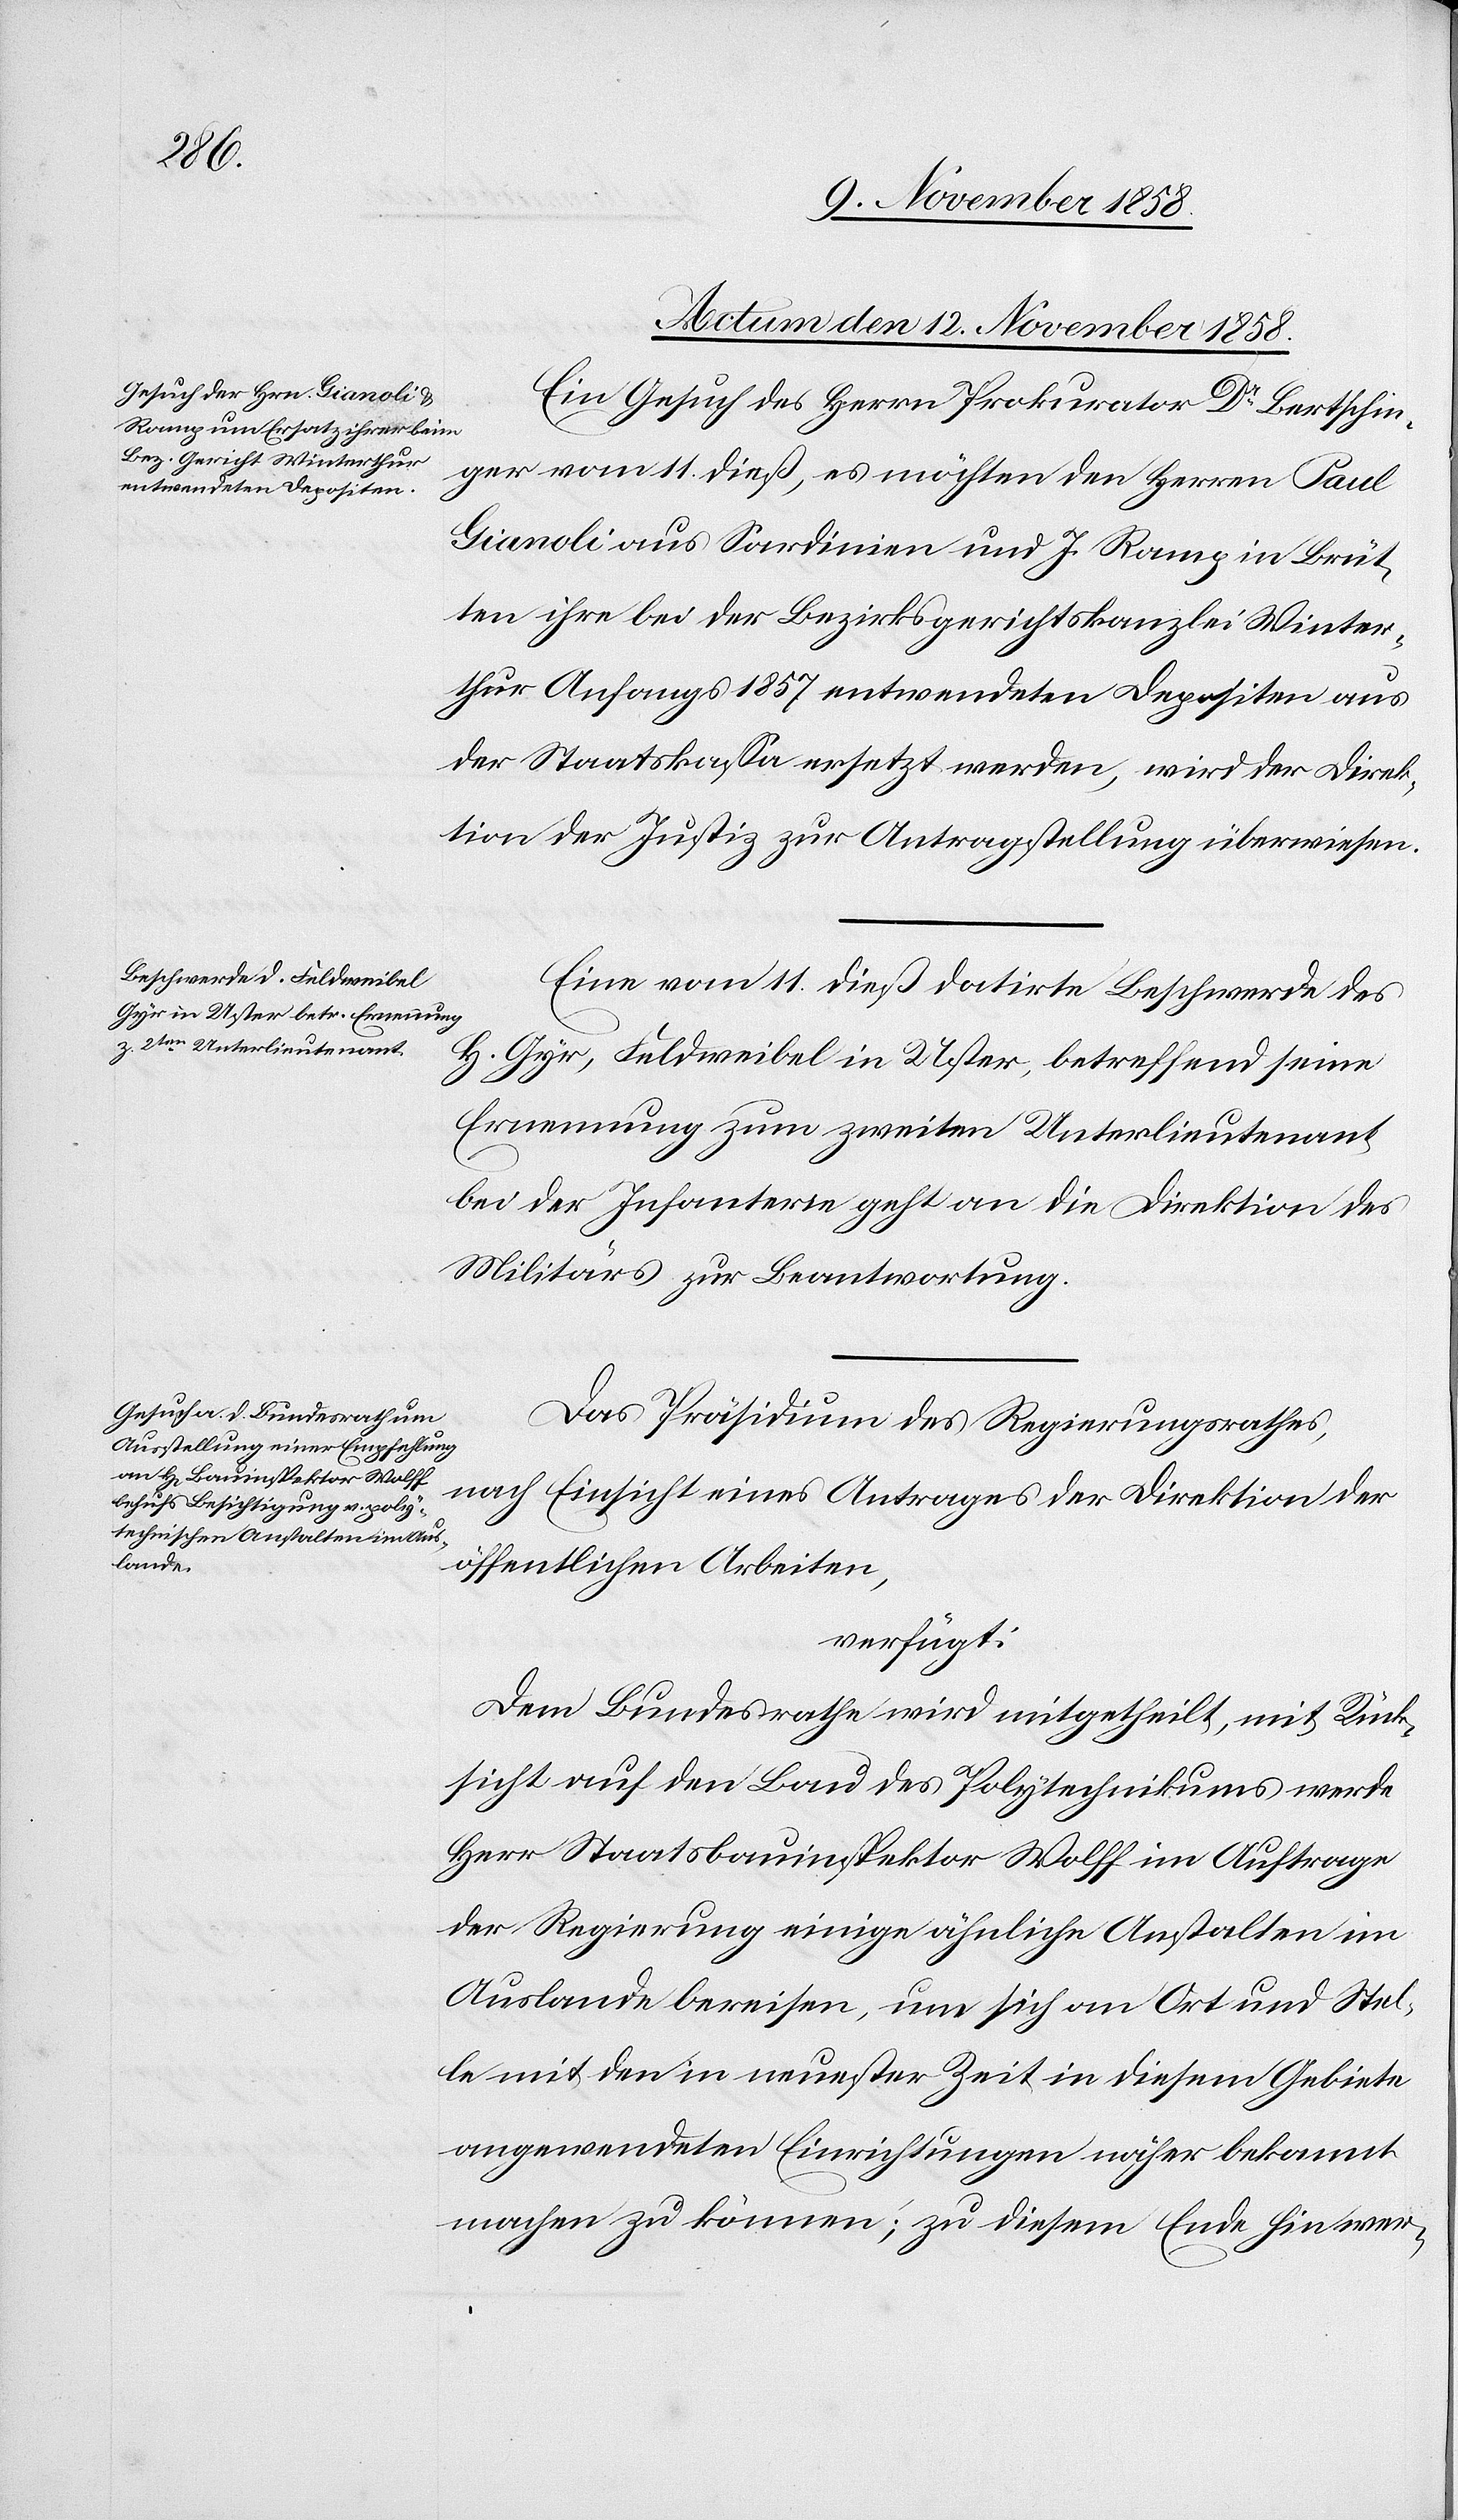
Actum den 12. November 1858.]
Ein Gesuch des Herrn Prokurator Dr Bertschin¬
ger vom 11. dieß, es möchten den Herren Paul
Gianoli aus Sardinien und J. Ramp in Brüt¬
ten ihre bei der Bezirksgerichtskanzlei Winter¬
thur Anfangs 1857 entwendeten Depositen aus
der Staatskassa ersetzt werden, wird der Direk¬
tion der Justiz zur Antragstellung überwiesen.
Eine vom 11. dieß datirte Beschwerde des
H. Gyr, Feldweibel in Uster, betreffend seine
Ernennung zum zweiten Unterlieutenant
bei der Infanterie geht an die Direktion des
Militärs zur Beantwortung.
Das Präsidium des Regierungsrathes,
nach Einsicht eines Antrages der Direktion der
öffentlichen Arbeiten,
verfügt:
Dem Bundesrathe wird mitgetheilt, mit Rück¬
sicht auf den Bau des Polytechnikums werde
Herr Staatsbauinspektor Wolff im Auftrage
der Regierung einige ähnliche Anstalten im
Auslande bereisen, um sich an Ort und Stel¬
le mit den in neuester Zeit in diesem Gebiete
angewendeten Einrichtungen näher bekannt
machen zu können; zu diesem Ende hin wer-